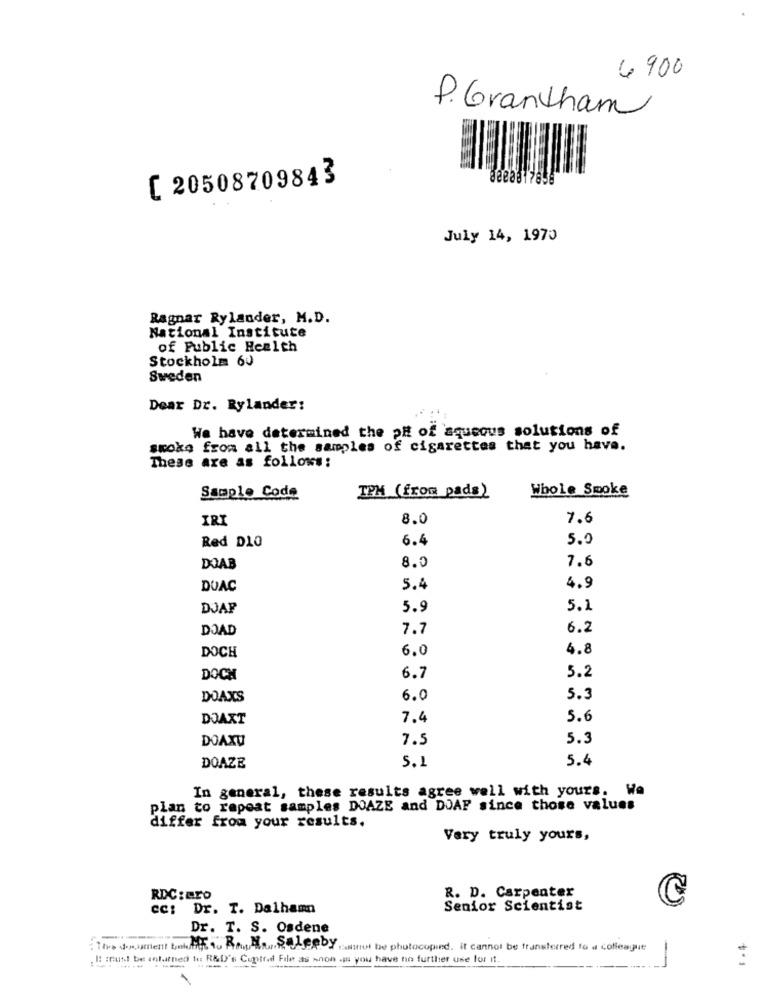
6 900
P. Grantham
C 20508709843
July 14, 1970
Ragnar Rylander, M.D.
National Institute
of Public Health
Stockholm 60
Sweden
Dear Dr. Rylander:
We have determined the pH of squeous solutions of
smoke from all the samples of cigarettes that you have.
These are as follows:
TPM (from pads)
Whole Smoke
Sample Code
IRI
8.0
7.6
Red DLO
6.4
5.0
7.6
DOAB
8.0
DUAC
5.4
4.9
DJAP
5.9
5.1
DOAD
7.7
6.2
DOCH
6.0
4.8
5.2
DOCH
6.7
DOAXS
6.0
5.3
DOAXT
7,4
5.6
DOAXU
7.5
5.3
5.4
DOAZE
5.1
In general, these results agree well with yours. We
plan to repeat samples DOAZE and DOAF since those values
differ from your results.
Very truly yours,
RDC: ero
R. D. Carpenter
C
cc: Dr. T. Dalhamn
Senior Scientist
Dr. T. S. Osdene
: This document boldfils tu Ptwp & JERRY isnot be photocopind. it cannot be transferred to a colleague
-
E: : nutt be enfaitned to R&D's Cuptred File as wnon .ja you have no further use for it.
........
--
-------